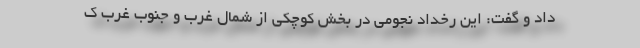
داد و گفت: این رخداد نجومی‌ در بخش کوچکی از شمال غرب و جنوب غرب ک